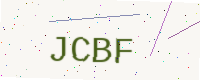
Text: JCBF